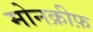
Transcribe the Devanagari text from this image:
मोनक्रीफ़